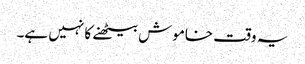
یہ وقت خاموش بیٹھنے کا نہیں ہے۔